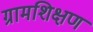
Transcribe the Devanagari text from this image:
ग्रामशिक्षण